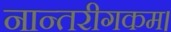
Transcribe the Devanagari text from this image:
नान्तरीगकम।